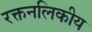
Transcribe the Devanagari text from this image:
रक्तनलिकीय